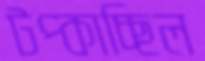
টপ্‌কাচ্ছিল